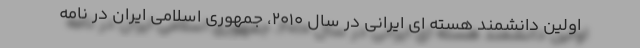
اولین دانشمند هسته ای ایرانی در سال ۲۰۱۰، جمهوری اسلامی ایران در نامه